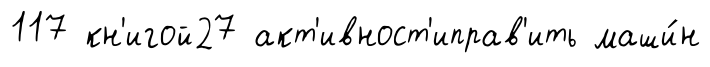
117 кн'игой27 акт'ивност'иправ'ить маши́н